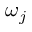
\omega _ { j }